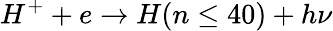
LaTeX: H^{+}+e\rightarrow H(n\leq 40)+h\nu